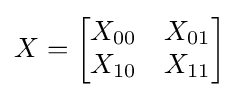
X={\begin{bmatrix}X_{00}&X_{01}\\X_{10}&X_{11}\end{bmatrix}}